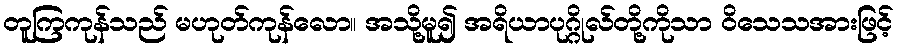
တူကြကုန်သည် မဟုတ်ကုန်လော။ အသို့မူ၍ အရိယာပုဂ္ဂိုလ်တို့ကိုသာ ဝိသေသအားဖြင့်